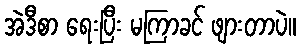
အဲဒီစာ ရေးပြီး မကြာခင် ဖျားတာပဲ။